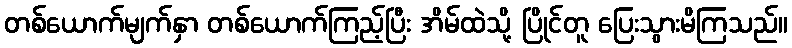
တစ်ယောက်မျက်နှာ တစ်ယောက်ကြည့်ပြီး အိမ်ထဲသို့ ပြိုင်တူ ပြေးသွားမိကြသည်။